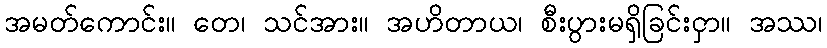
အမတ်ကောင်း။ တေ၊ သင်အား။ အဟိတာယ၊ စီးပွားမရှိခြင်းငှာ။ အဿ၊